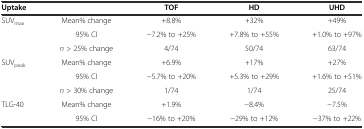
<table><thead><tr><td><b>Uptake</b></td><td></td><td><b>TOF</b></td><td><b>HD</b></td><td><b>UHD</b></td></tr></thead><tbody><tr><td>SUV<sub>max</sub></td><td>Mean% change</td><td>+8.8%</td><td>+32%</td><td>+49%</td></tr><tr><td></td><td>95% CI</td><td>−7.2% to +25%</td><td>+7.8% to +55%</td><td>+1.0% to +97%</td></tr><tr><td></td><td><i>n</i> &gt; 25% change</td><td>4/74</td><td>50/74</td><td>63/74</td></tr><tr><td>SUV<sub>peak</sub></td><td>Mean% change</td><td>+6.9%</td><td>+17%</td><td>+27%</td></tr><tr><td></td><td>95% CI</td><td>−5.7% to +20%</td><td>+5.3% to +29%</td><td>+1.6% to +51%</td></tr><tr><td></td><td><i>n</i> &gt; 30% change</td><td>1/74</td><td>1/74</td><td>25/74</td></tr><tr><td>TLG-40</td><td>Mean% change</td><td>+1.9%</td><td>−8.4%</td><td>−7.5%</td></tr><tr><td></td><td>95% CI</td><td>−16% to +20%</td><td>−29% to +12%</td><td>−37% to +22%</td></tr></tbody></table>